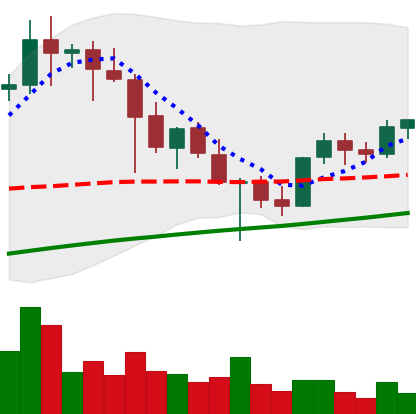
Ticker: XLM-USD
Chart end date: 2021-05-01
Forward return: 20.606%
Label: up_7plus